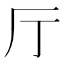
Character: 厅